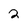
Character: 2